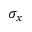
\sigma _ { x }